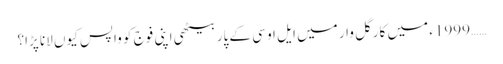
…… 1999ء میں کارگل وار میں ایل او سی کے پار بیٹھی اپنی فوج کو واپس کیوں لانا پڑا؟